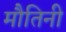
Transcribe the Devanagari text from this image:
मौतिनी